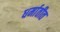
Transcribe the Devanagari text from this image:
धर्मातीत